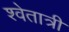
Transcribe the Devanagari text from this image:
श्वेतात्री